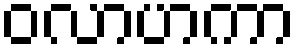
ဝလာဟကာ